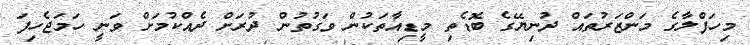
މިހަފްލާގެ މަންޒަރުތައް ދުނިޔޭގެ ބޮޑެތި މީޑިއާތަކުން ވަގުތުން ދުރަށް ދެއްކުމަށް ވަނީ ހަމަޖެހިފަ